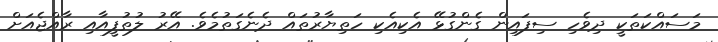
މަސައްކަތަކީ ދިވެހި ސިފައިން ގެންގުޅޭ އެކިއެކި ހަތިޔާރުތައް ދެނެގަތުމެވެ. އޭރު ލުތުފީއާއި ރާއްޖެއަށް